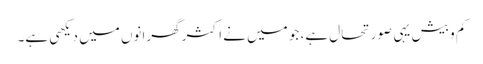
کم و بیش یہی صورتحال ہے، جو میں نے اکثر گھرانوں میں دیکھی ہے۔